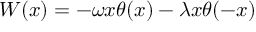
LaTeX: W ( x ) = - \omega x \theta ( x ) - \lambda x \theta ( - x )